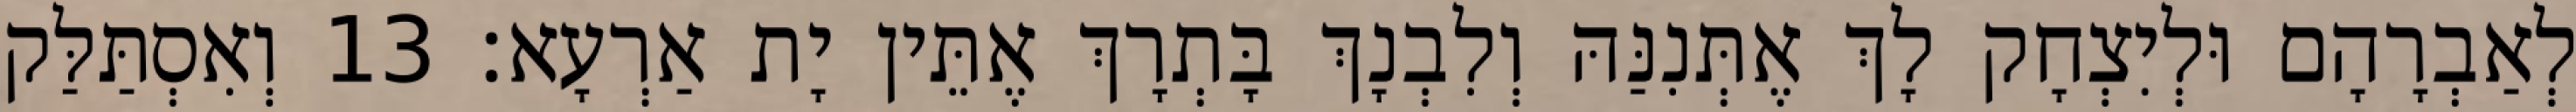
לְאַבְרָהָם וּלְיִצְחָק לָךְ אֶתְּנִנַּהּ וְלִבְנָךְ בָּתְרָךְ אֶתֵּין יָת אַרְעָא׃ 13 וְאִסְתַּלַּק